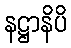
နဋ္ဌာနိပိ